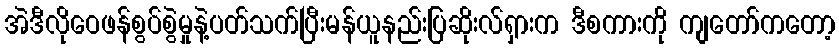
အဲဒီလိုဝေဖန်စွပ်စွဲမှုနဲ့ပတ်သက်ပြီးမန်ယူနည်းပြဆိုးလ်ရှားက ဒီစကားကို ကျတော်ကတော့